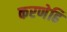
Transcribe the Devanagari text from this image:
करणेहि